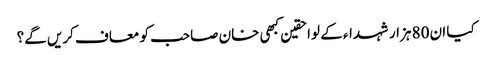
کیا ان 80 ہزار شہداء کے لواحقین کبھی خان صاحب کو معاف کریں گے؟